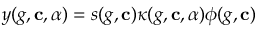
y ( g , \mathbf { c } , \alpha ) = s ( g , \mathbf { c } ) \kappa ( g , \mathbf { c } , \alpha ) \phi ( g , \mathbf { c } )